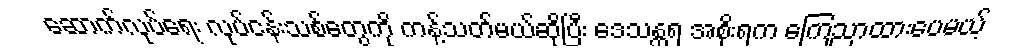
ဆောက်လုပ်ရေး လုပ်ငန်းသစ်တွေကို ကန့်သတ်မယ်ဆိုပြီး ဒေသန္တရ အစိုးရက ကြေညာထားပေမယ့်